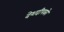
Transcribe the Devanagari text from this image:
देशदीपको